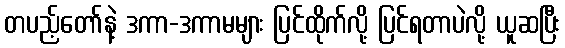
တပည့်တော်နဲ့ ဒကာ-ဒကာမများ ပြင်ထိုက်လို့ ပြင်ရတာပဲလို့ ယူဆပြီး